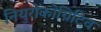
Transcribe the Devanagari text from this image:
नियुरोकोग्निटिव